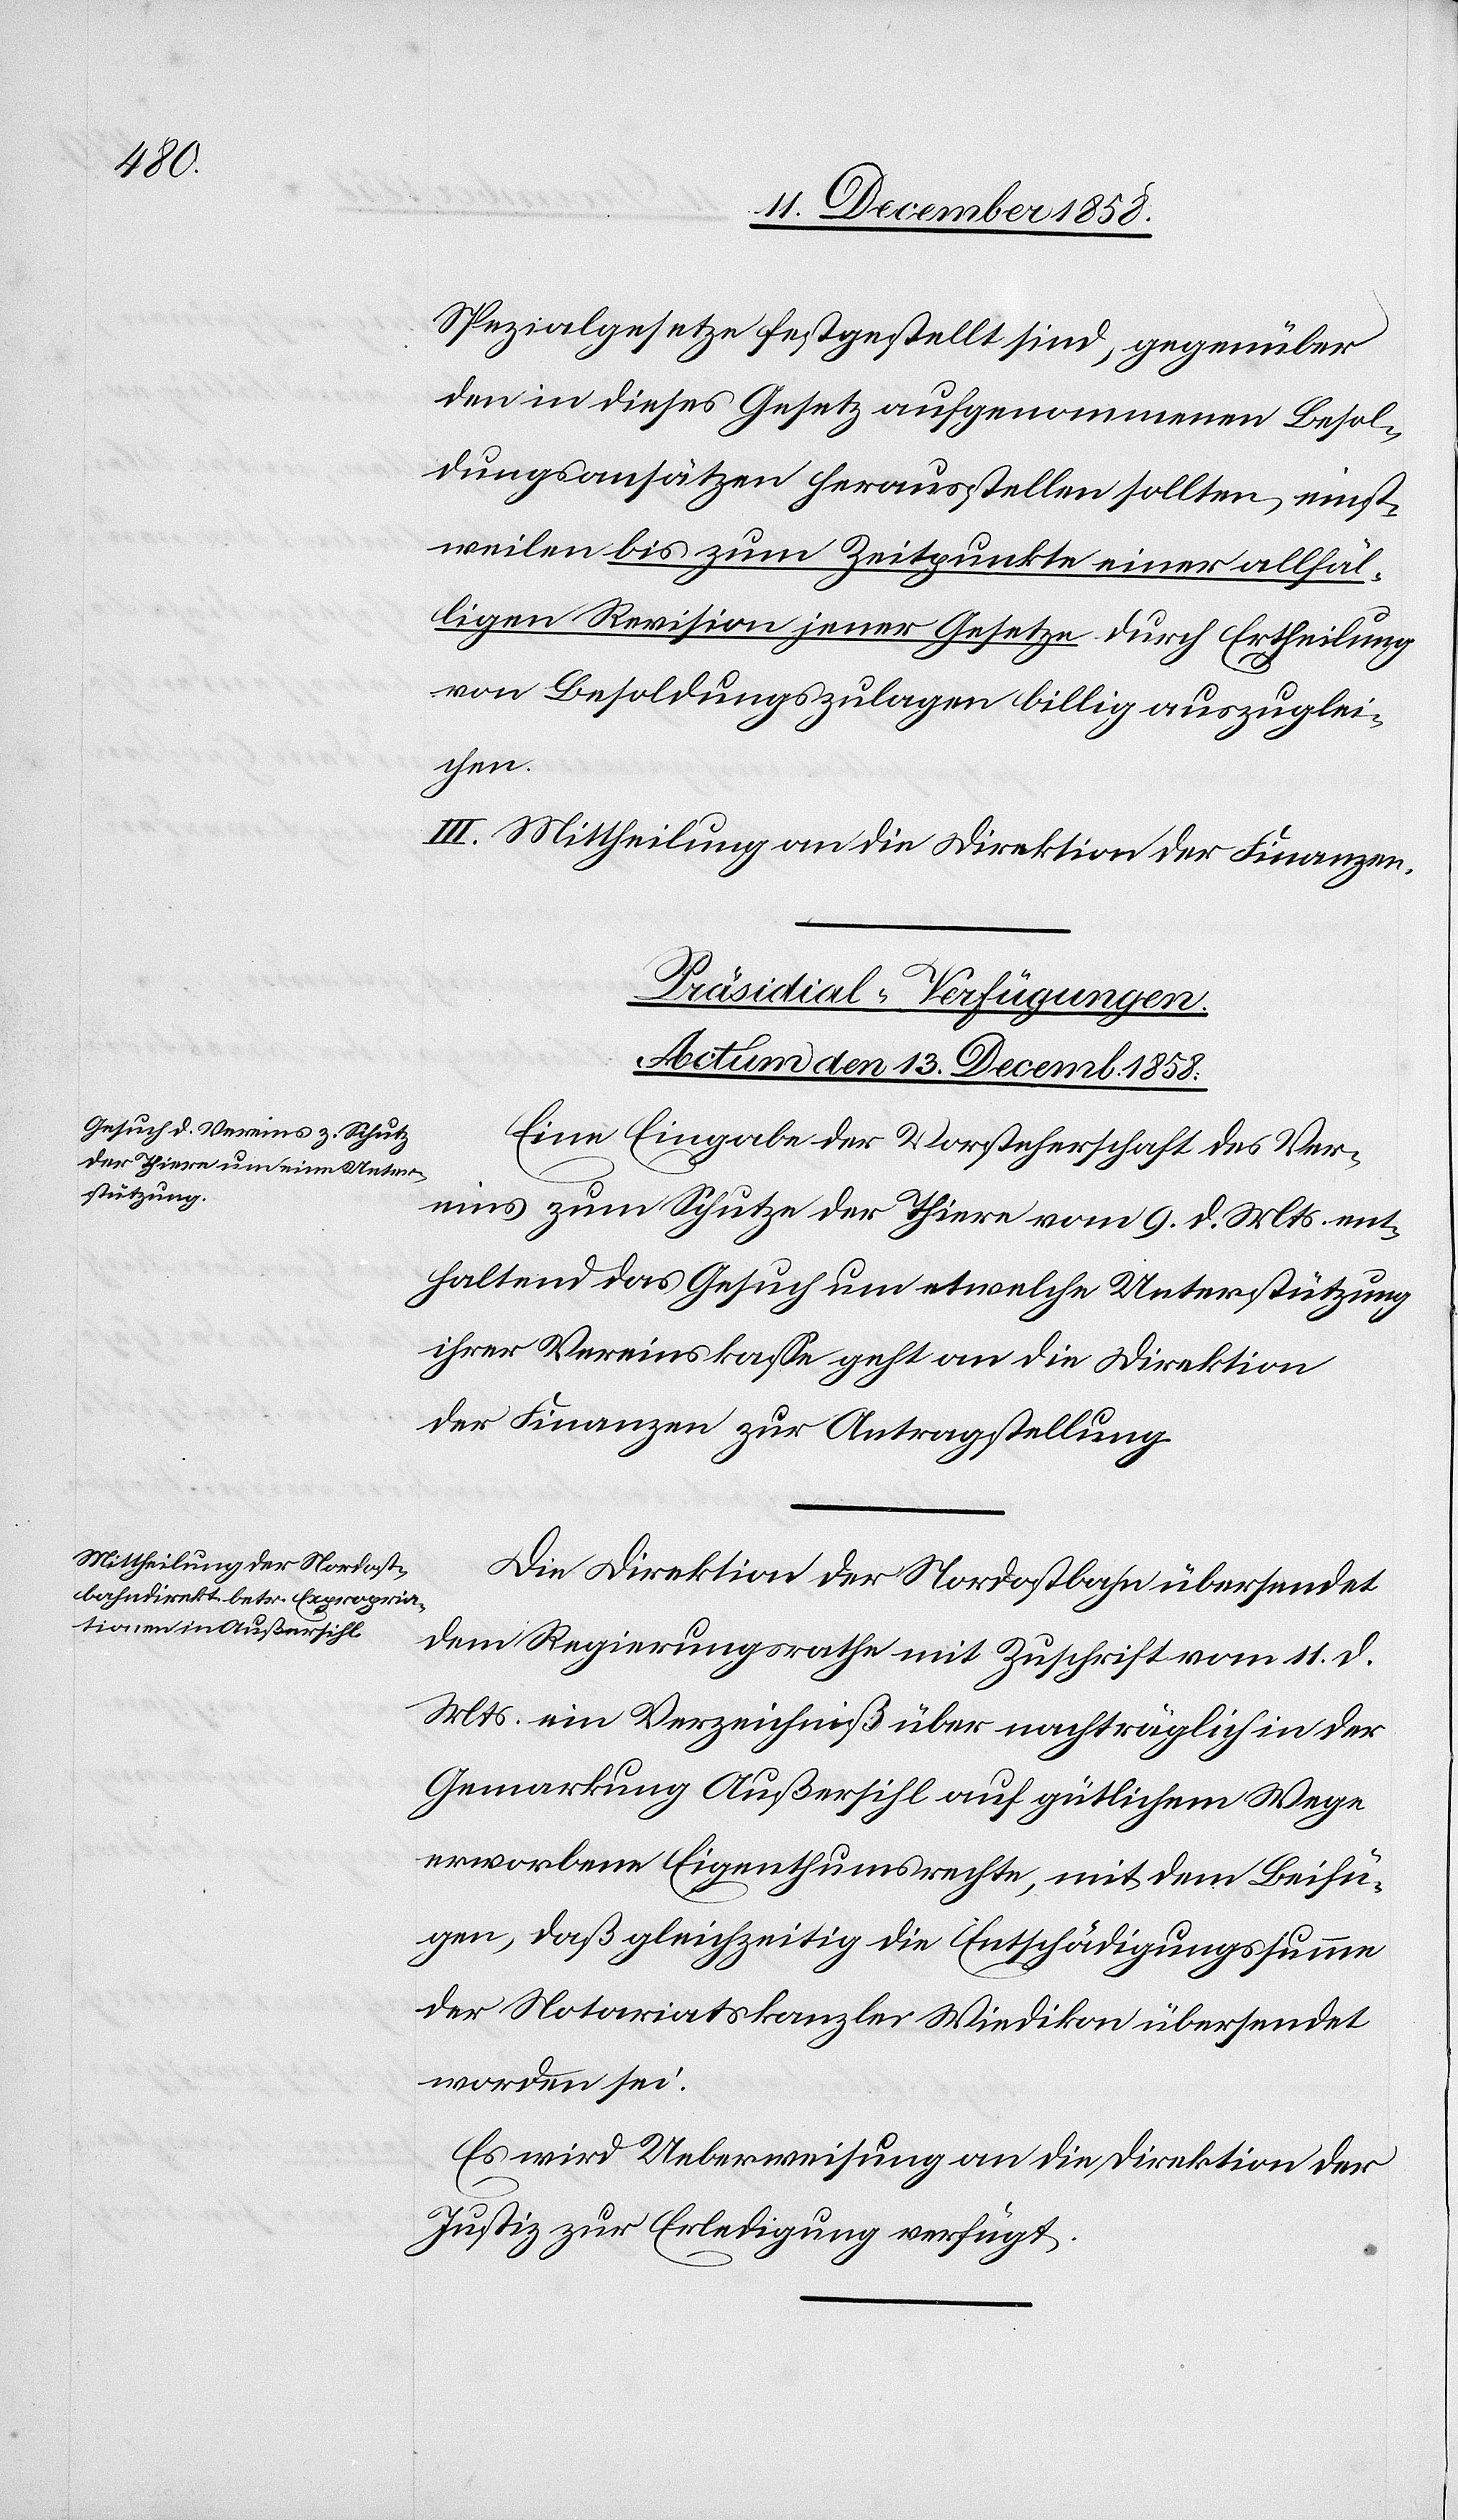
Spezialgesetze festgestellt sind, gegenüber
den in dieses Gesetz aufgenommenen Besol¬
dungsansätzen herausstellen sollten, einst¬
weilen bis zum Zeitpunkte einer allfäl¬
ligen Revision jener Gesetze durch Ertheilung
von Besoldungszulagen billig auszuglei¬
chen.
III. Mittheilung an die Direktion der Finanzen.
[Präsidial-Verfügungen.
Actum den 13. Decemb. 1858.]
Eine Eingabe der Vorsteherschaft des Ver¬
eins zum Schutze der Thiere vom 9. d. Mts. ent¬
haltend das Gesuch um etwelche Unterstützung
ihrer Vereinskasse geht an die Direktion
der Finanzen zur Antragstellung.
Die Direktion der Nordostbahn übersendet
dem Regierungsrathe mit Zuschrift vom 11. d.
Mts. ein Verzeichniß über nachträglich in der
Gemarkung Außersihl auf gütlichem Wege
erworbene Eigenthumsrechte, mit dem Beifü¬
gen, daß gleichzeitig die Entschädigungssumme
der Notariatskanzlei Wiedikon übersendet
worden sei.
Es wird Ueberweisung an die Direktion der
Justiz zur Erledigung verfügt.